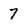
Character: 7